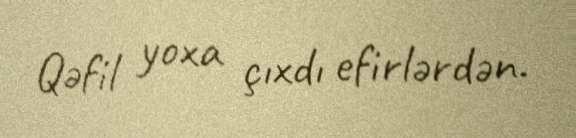
Qəfil yoxa çıxdı efirlərdən.